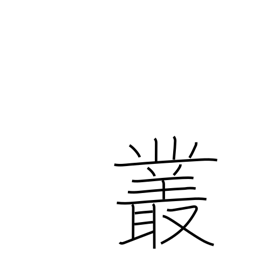
Meaning: plexus